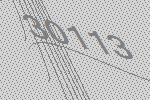
30113